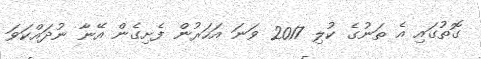
ގޮތުގައި އެ ތަނުގެ ކުލި 2017 ވަނަ އަހަރުން ފެށިގެން އޭނާ ނުދައްކަވަ